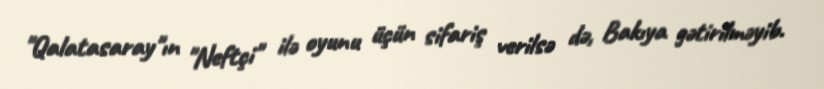
"Qalatasaray"ın "Neftçi" ilə oyunu üçün sifariş verilsə də, Bakıya gətirilməyib.